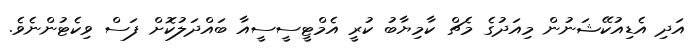
އަދި އެޑިއުކޭޝަނުން މިއަދުގެ މެޗް ކާމިޔާބު ކުރީ އެމްޓީސީސީއާ ބައްދަލުކޮށް ފަސް ވިކެޓުންނެވެ.